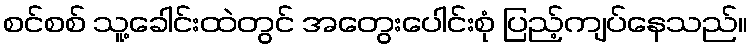
စင်စစ် သူ့ခေါင်းထဲတွင် အတွေးပေါင်းစုံ ပြည့်ကျပ်နေသည်။